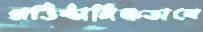
প্রতিষ্ঠানিকভাবে